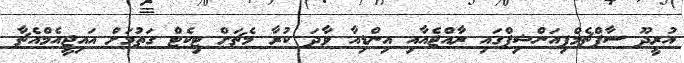
އުރީދޫ ސާފްޗެމްޕިއަންޝިޕްގައި ރާއްޖެއާއި އިންޑިއާ ވާދަ ކުރާ މެޗަށް ޓިކެޓް ގަތުމަށް އައިޖީއެމްއެޗާ